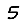
Digit: 5